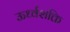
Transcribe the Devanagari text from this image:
ऊर्ध्वशक्ति